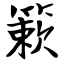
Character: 簌